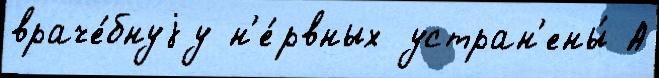
враче́бнуjу н'е́рвных устран'ены́ А